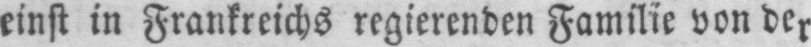
einst in Frankreichs regierenden Familie von der